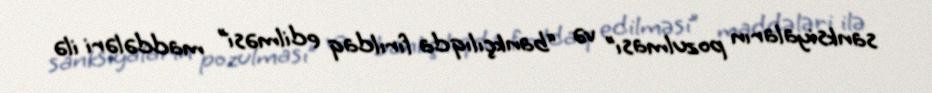
sanksiyaların pozulması” və “bankçılıqda fırıldaq edilməsi” maddələri ilə